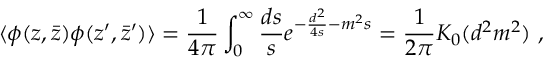
\langle \phi ( z , \bar { z } ) \phi ( z ^ { \prime } , \bar { z } ^ { \prime } ) \rangle = { \frac { 1 } { 4 \pi } } \int _ { 0 } ^ { \infty } { \frac { d s } { s } } e ^ { - { \frac { d ^ { 2 } } { 4 s } } - m ^ { 2 } s } = { \frac { 1 } { 2 \pi } } K _ { 0 } ( d ^ { 2 } m ^ { 2 } ) ~ ,